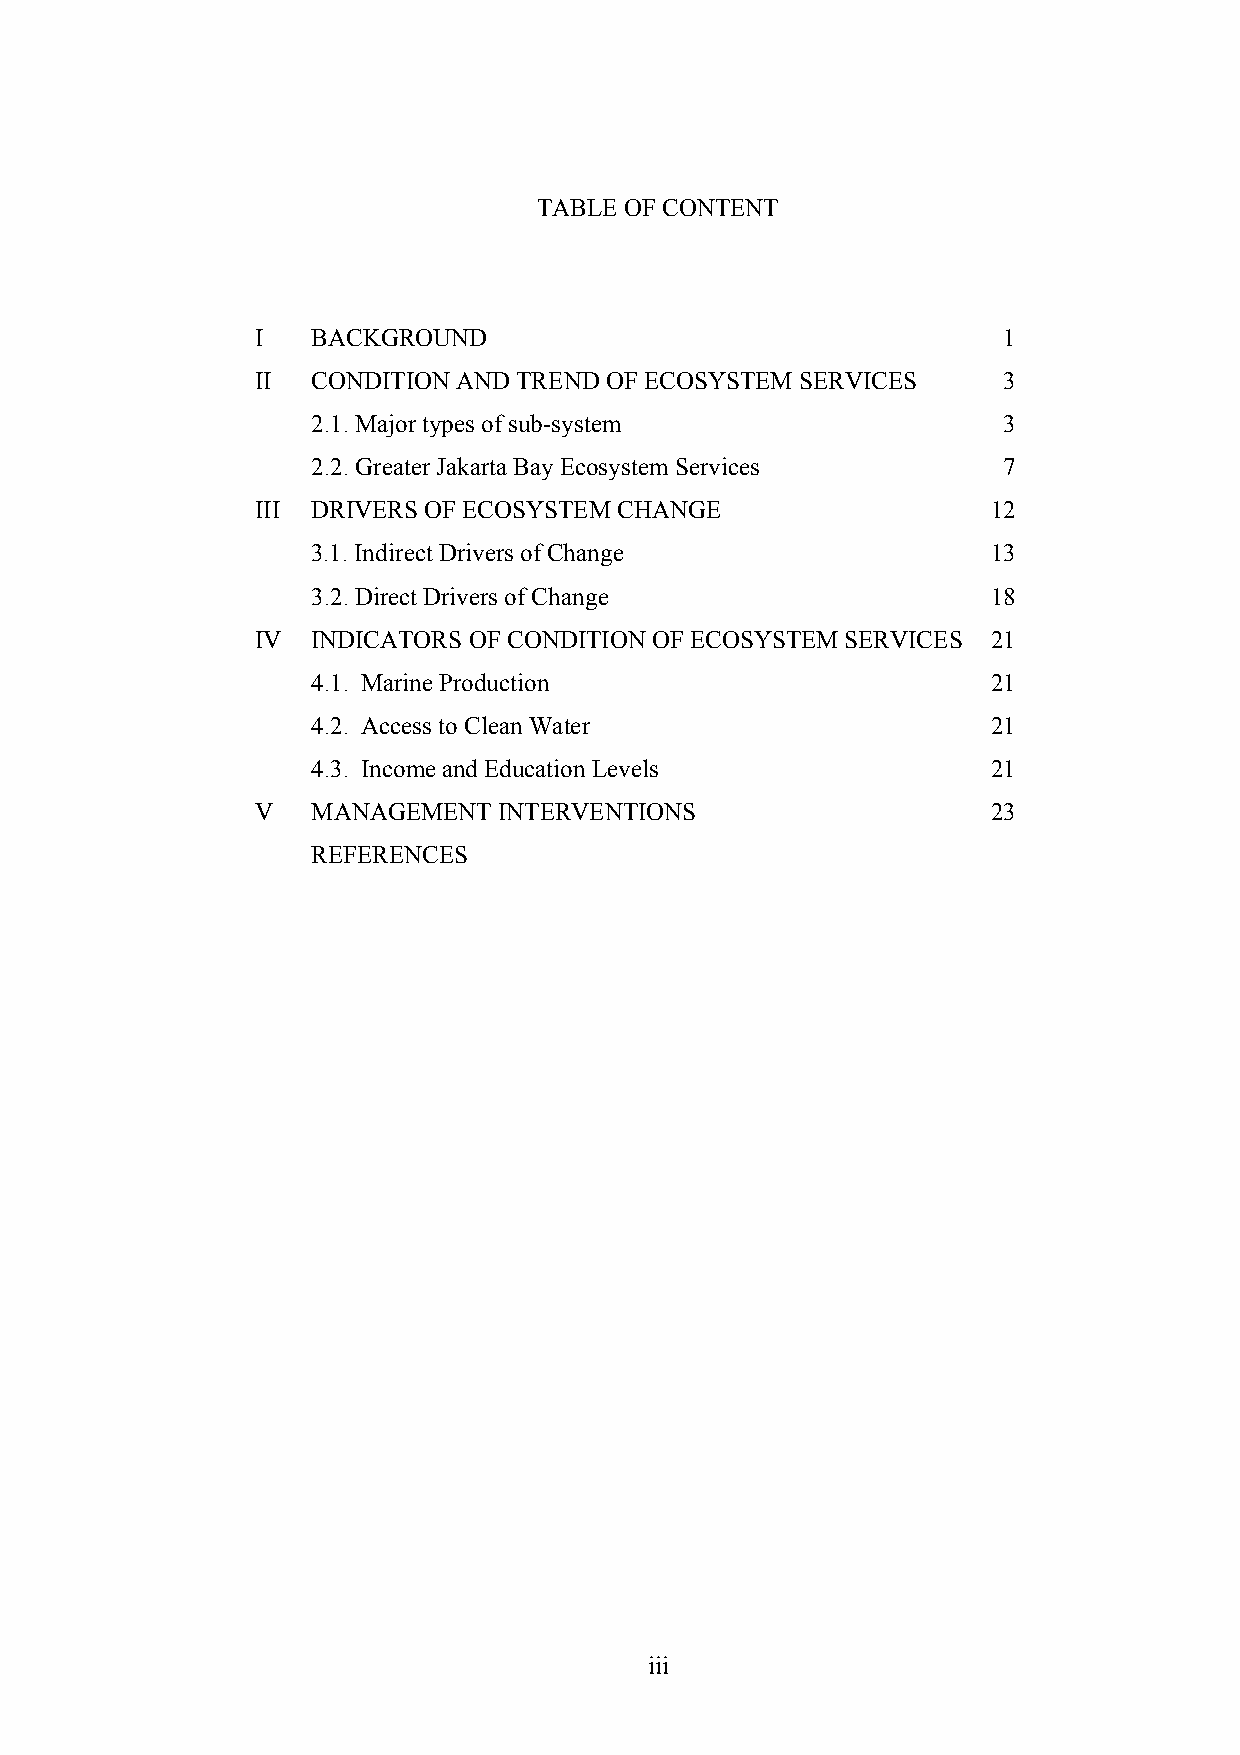
TABLE OF CONTENT
 I   BACKGROUND                                   1
 II  CONDITION AND TREND OF ECOSYSTEM SERVICES    3
 2.1. Major types of sub-system               3
 2.2. Greater Jakarta Bay Ecosystem Services  7
 III DRIVERS OF ECOSYSTEM CHANGE                  12
 3.1. Indirect Drivers of Change              13
 3.2. Direct Drivers of Change                18
 IV  INDICATORS OF CONDITION OF ECOSYSTEM SERVICES 21
 4.1. Marine Production                       21
 4.2. Access to Clean Water                   21
 4.3. Income and Education Levels             21
 V   MANAGEMENT  INTERVENTIONS                    23
 REFERENCES
 iii